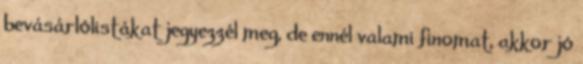
bevásárlólistákat jegyezzél meg, de ennél valami finomat, akkor jó